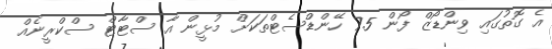
އެ ގޮތުގައި ވިންޑޯޒް ފޯން 7.5 ހޭންޑްސެޓްތަކަށް މުޅީން އާ ސްޓާޓް ސްކްރީނެއް